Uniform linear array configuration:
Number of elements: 32
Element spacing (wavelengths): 0.5
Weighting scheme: binomial
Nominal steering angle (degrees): -30
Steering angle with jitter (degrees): -30.368
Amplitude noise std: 0.05
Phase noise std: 0.05

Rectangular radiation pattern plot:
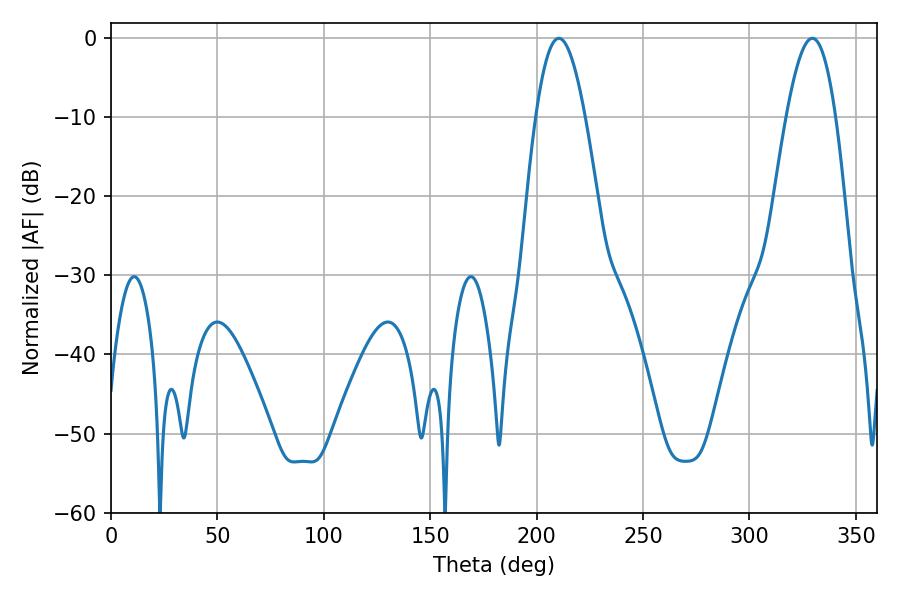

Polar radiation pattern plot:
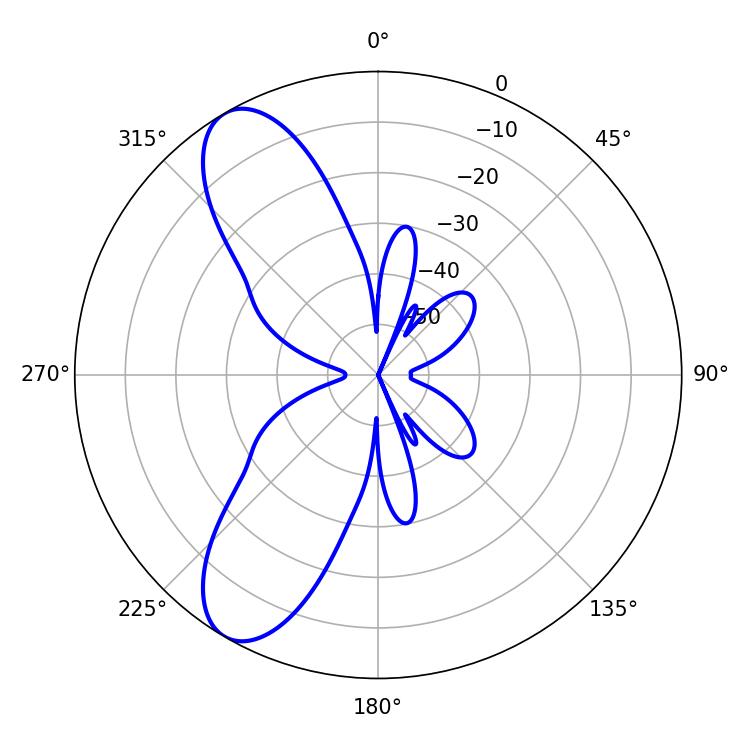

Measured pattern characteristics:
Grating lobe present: FALSE
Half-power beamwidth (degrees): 12.6
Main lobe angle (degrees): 210.42